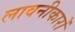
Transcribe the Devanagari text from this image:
लावनीकारों